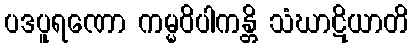
ပဒပူရဏော ကမ္မဝိပါကန္တိ သံဃာဋိယာတိ